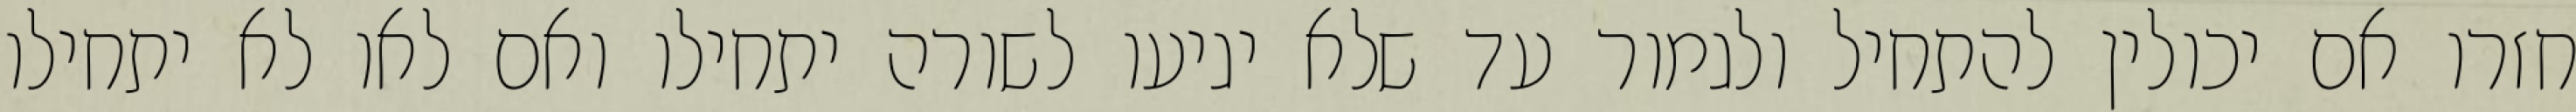
חזרו אם יכולין להתחיל ולגמור עד שלא יגיעו לשורה יתחילו ואם לאו לא יתחילו